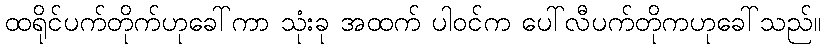
ထရိုင်ပက်တိုက်ဟုခေါ်ကာ သုံးခု အထက် ပါဝင်က ပေါ်လီပက်တိုကဟုခေါ်သည်။